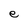
Character: e